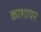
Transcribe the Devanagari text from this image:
काशायर